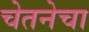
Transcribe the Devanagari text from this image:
चेतनेचा